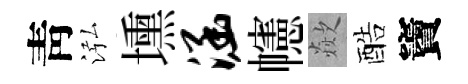
靑泓壎涵幰歘酷竇